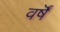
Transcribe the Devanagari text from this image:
वर्षॆं